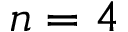
n = 4